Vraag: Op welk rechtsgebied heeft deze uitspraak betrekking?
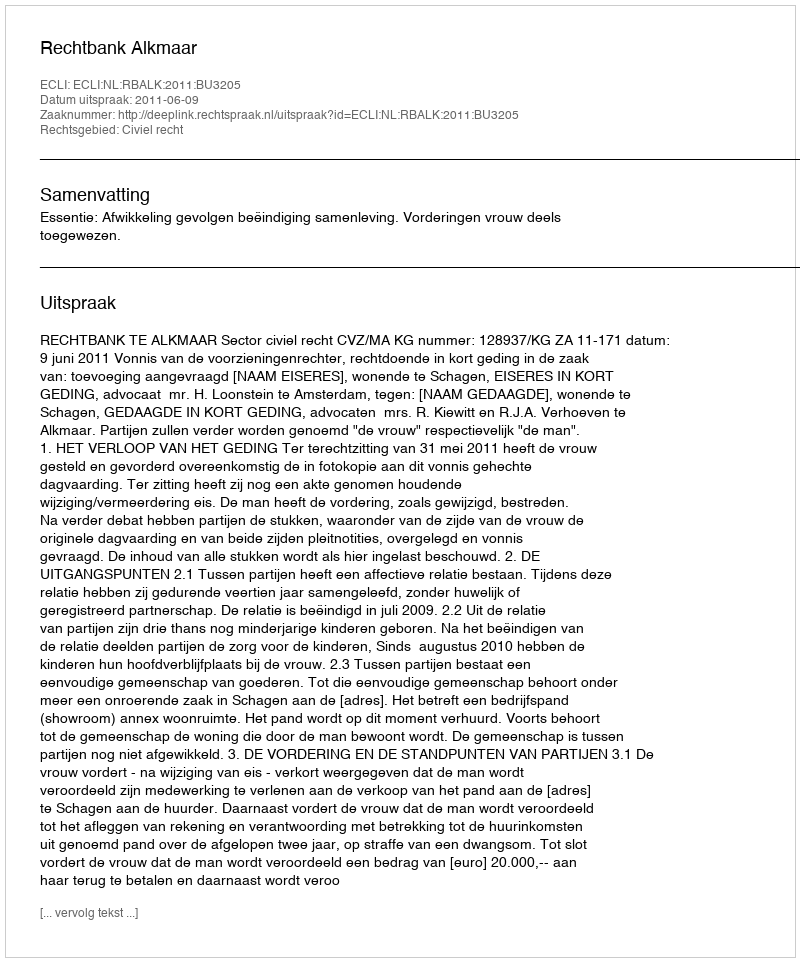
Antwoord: Civiel recht